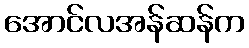
အောင်လအန်ဆန်က